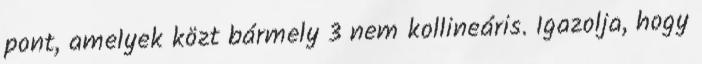
pont, amelyek közt bármely 3 nem kollineáris. Igazolja, hogy